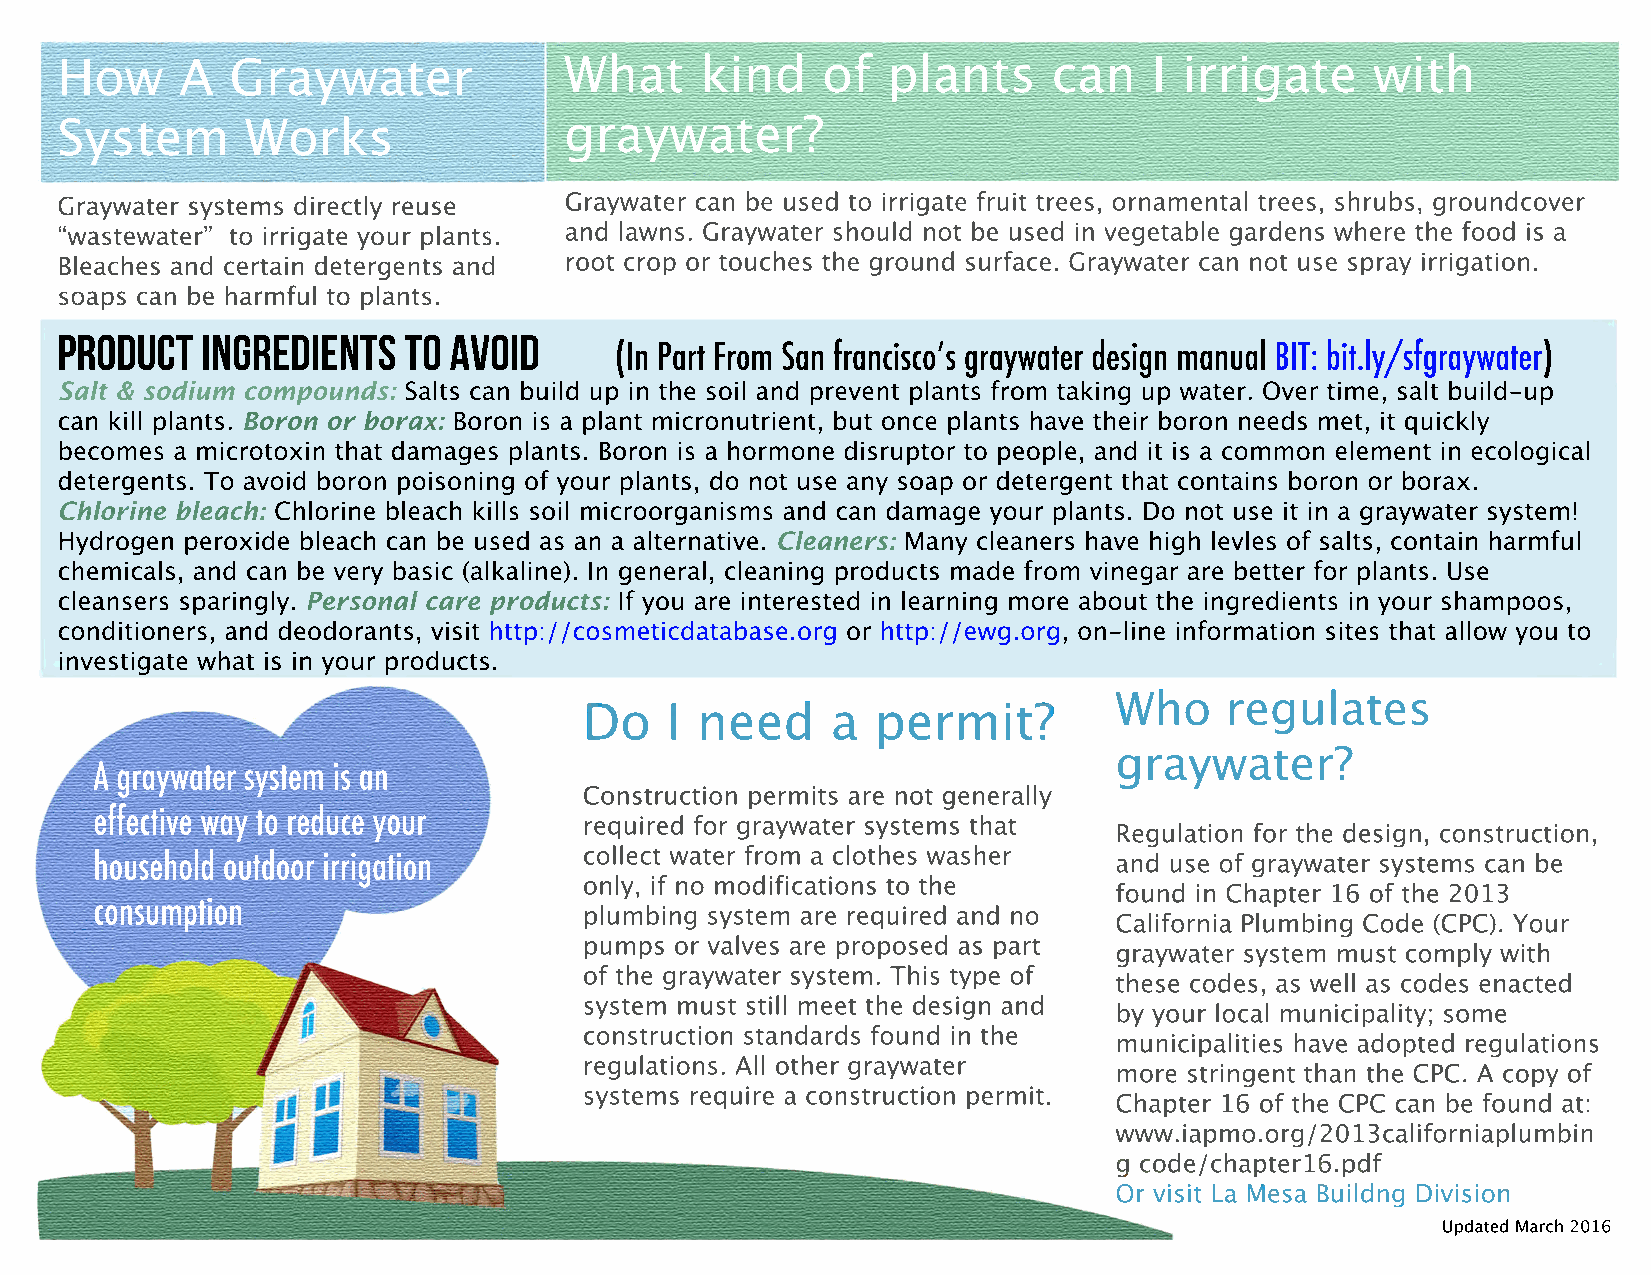
How     A  Graywater             What     kind    of   plants     can   I irrigate     with
 System      Works                graywater?
 Graywater systems directly reuse Graywater can be used to irrigate fruit trees, ornamental trees, shrubs, groundcover
 “wastewater” to irrigate your plants. and lawns. Graywater should not be used in vegetable gardens where the food is a
 Bleaches and certain detergents and root crop or touches the ground surface. Graywater can not use spray irrigation.
 soaps can be harmful to plants.
 product  ingredients   to aVoid
 (In Part From San franciscoʼs graywater design manual BIT: bit.ly/sfgraywater)
 SSaalltt && ssooddiiuumm ccoommppoouunnddss::
 Salts can build up in the soil and prevent plants from taking up water. Over time, salt build-up
 Boron or borax:
 can kill plants.          Boron is a plant micronutrient, but once plants have their boron needs met, it quickly
 becomes a microtoxin that damages plants. Boron is a hormone disruptor to people, and it is a common element in ecological
 detergents. To avoid boron poisoning of your plants, do not use any soap or detergent that contains boron or borax.
 Chlorine bleach:
 Chlorine bleach kills soil microorganisms and can damage your plants. Do not use it in a graywater system!
 Cleaners:
 HHyyddrrooggeenn ppeerrooxxiiddee bblleeaacchh ccaann bbee uusseedd aass aann aa aalltteerrnnaattiivvee.. Many cleaners have high levles of salts, contain harmful
 chemicals, and can be very basic (alkaline). In general, cleaning products made from vinegar are better for plants. Use
 Personal care products:
 cleansers sparingly.                 If you are interested in learning more about the ingredients in your shampoos,
 conditioners, and deodorants, visit http://cosmeticdatabase.org or http://ewg.org, on-line information sites that allow you to
 investigate what is in your products.
 Who    regulates
 Do   I need     a  permit?
 A graywater system is an                                            graywater?
 CCoonnssttrruuccttiioonn ppeerrmmiittss aarree nnoott ggeenneerraallllyy
 effective way to reduce your
 required for graywater systems that
 RReegguullaattiioonn ffoorr tthhee ddeessiiggnn,, ccoonnssttrruuccttiioonn,,
 household outdoor irrigation     collect water from a clothes washer
 and use of graywater systems can be
 only, if no modifications to the
 consumption                                                         found in Chapter 16 of the 2013
 plumbing system are required and no
 California Plumbing Code (CPC). Your
 pumps or valves are proposed as part
 graywater system must comply with
 of the graywater system. This type of
 these codes, as well as codes enacted
 ssyysstteemm mmuusstt ssttiillll mmeeeett tthhee ddeessiiggnn aanndd
 by your local municipality; some
 construction standards found in the
 mmuunniicciippaalliittiieess hhaavvee aaddoopptteedd rreegguullaattiioonnss
 regulations. All other graywater
 more stringent than the CPC. A copy of
 systems require a construction permit.
 Chapter 16 of the CPC can be found at:
 www.iapmo.org/2013californiaplumbin
 g code/chapter16.pdf
 Or visit La Mesa Buildng Division
 Updated March 2016